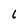
Character: 6